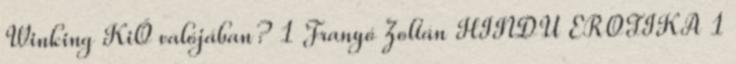
Winking KiŐ valójában? 1 Franyó Zoltán HINDU EROTIKA 1